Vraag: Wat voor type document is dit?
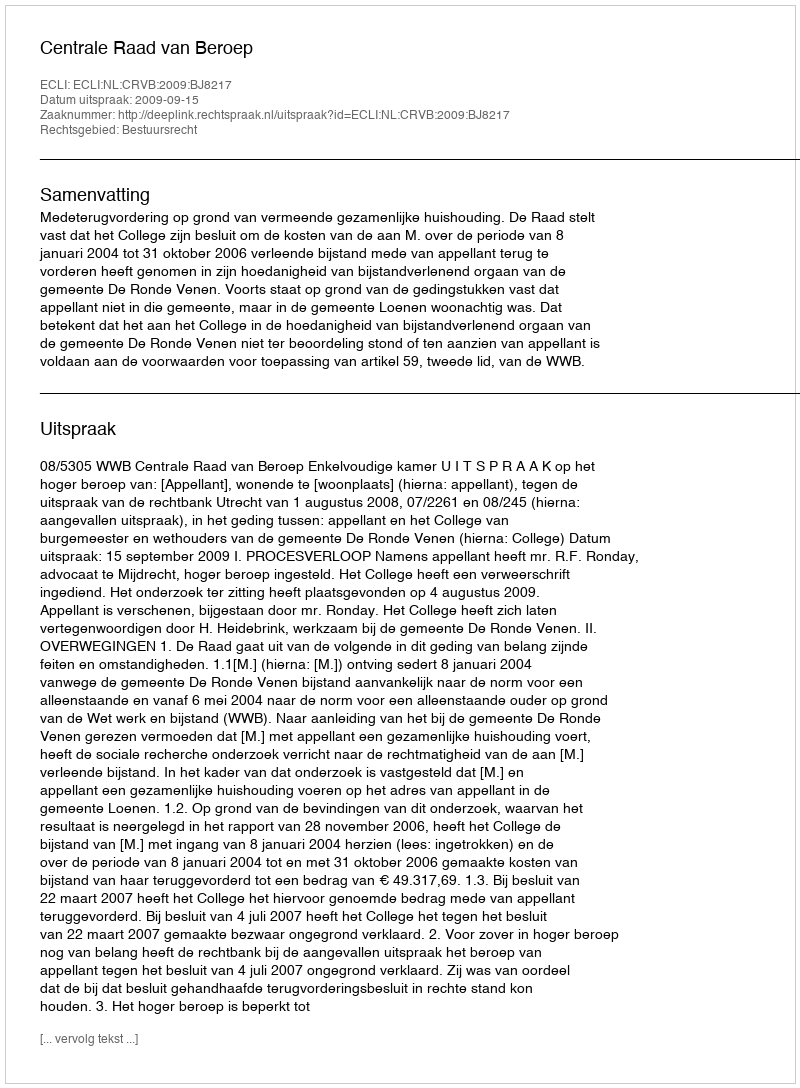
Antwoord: Uitspraak